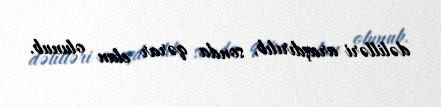
dəlilləri araşdırılıb, sonda qərar elan olunub.